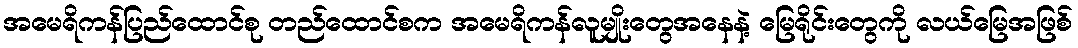
အမေရိကန်ပြည်ထောင်စု တည်ထောင်စက အမေရိကန်လူမျိုးတွေအနေနဲ့ မြေရိုင်းတွေကို လယ်မြေအဖြစ်